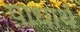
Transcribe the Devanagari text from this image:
पाधार्थ